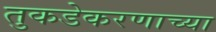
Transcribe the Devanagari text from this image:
तुकडेकरणाच्या